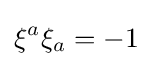
\xi ^{a}\xi _{a}=-1